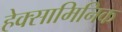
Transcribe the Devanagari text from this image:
हेक्सामिनिक